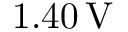
1 . 4 0 \, \mathrm { V }